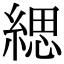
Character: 緦